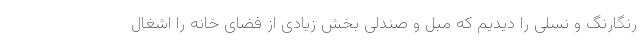
رنگارنگ و نسلی را دیدیم که مبل و صندلی بخش زیادی از فضای خانه را اشغال